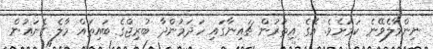
ނިންމާލެވޭނެ ކަމަށެވެ. އޭގެ އިތުރުން ޗައިނާގައި ހަދަމުންދާ ބުރިޖްގެ ބައިތައް މާލެ ގެނައުން